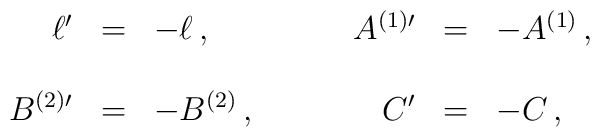
\begin{array}{rclrcl}\ell^{\prime}&=&-\ell\, , \hspace{1.5cm}&A^{(1)\prime}&=&- A^{(1)}\, ,\\& & & & & \\B^{(2)\prime}&=&- B^{(2)}\, ,&C^{\prime}&=& -C\, ,\\\end{array}